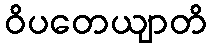
ဝိပတေယျာတိ